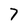
Character: 7